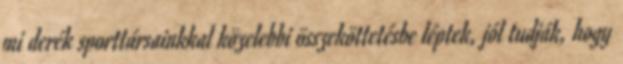
mi derék sporttársainkkal közelebbi összeköttetésbe léptek, jól tudják, hogy